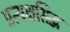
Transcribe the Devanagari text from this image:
प्रत्यक्षसिद्ध